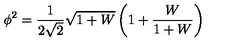
\phi ^ { 2 } = \frac { 1 } { 2 \sqrt { 2 } } \sqrt { 1 + W } \left( 1 + \frac { W } { 1 + W } \right)